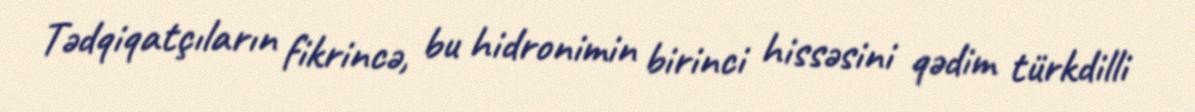
Tədqiqatçıların fikrincə, bu hidronimin birinci hissəsini qədim türkdilli